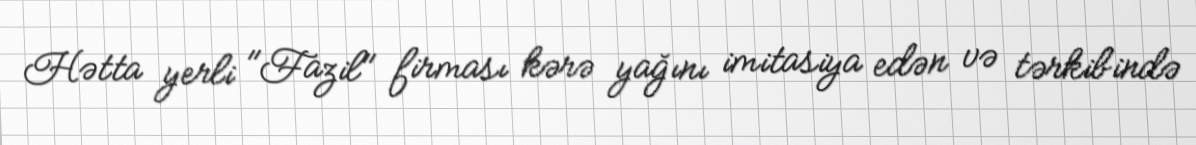
Hətta yerli "Fazil" firması kərə yağını imitasiya edən və tərkibində